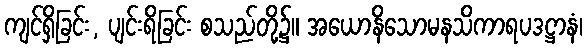
ကျင်ရှိခြင်း, ပျင်းရိခြင်း စသည်တို့၌။ အယောနိသောမနသိကာရပဒဋ္ဌာနံ၊